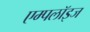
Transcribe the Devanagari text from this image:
एम्पलॉइज